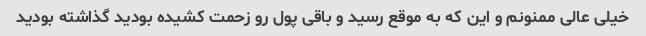
خیلی عالی ممنونم و این که به موقع رسید و باقی پول رو زحمت کشیده بودید گذاشته بودید